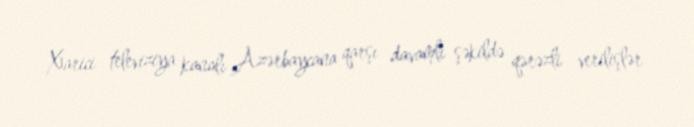
Xarici televiziya kanalı Azərbaycana qarşı davamlı şəkildə qərəzli verilişlər